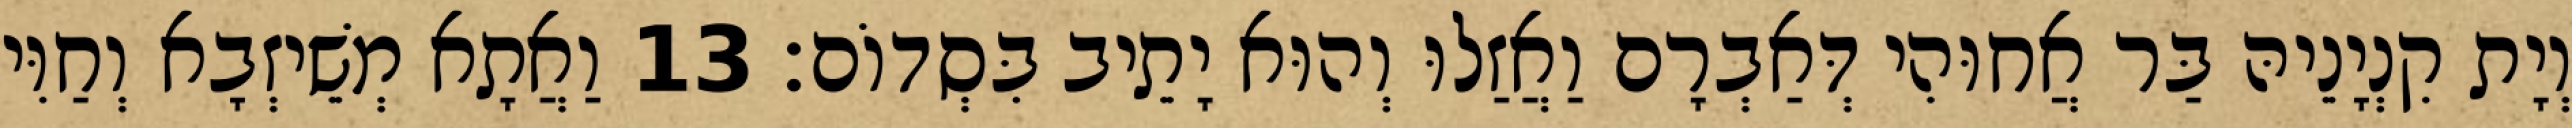
וְיָת קִנְיָנֵיהּ בַּר אֲחוּהִי דְּאַבְרָם וַאֲזַלוּ וְהוּא יָתֵיב בִּסְדוֹם׃ 13 וַאֲתָא מְשֵׁיזְבָא וְחַוִּי